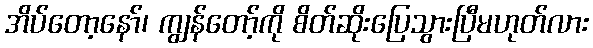
အိပ်တော့နော်၊ ကျွန်တော့်ကို စိတ်ဆိုးပြေသွားပြီမဟုတ်လား